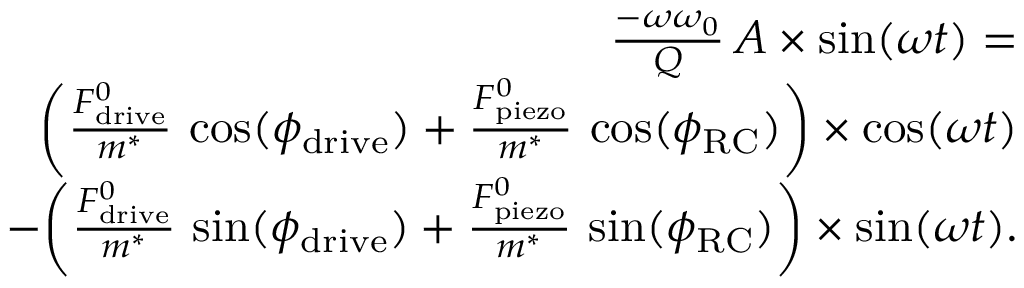
\begin{array} { r l r } & { } & { \frac { - \omega \omega _ { 0 } } { Q } \, A \times \sin ( \omega t ) = } \\ & { } & { \quad \bigg ( \frac { F _ { \mathrm { d r i v e } } ^ { 0 } } { m ^ { * } } \, \cos ( \phi _ { \mathrm { d r i v e } } ) + \frac { F _ { \mathrm { p i e z o } } ^ { 0 } } { m ^ { * } } \, \cos ( \phi _ { \mathrm { R C } } ) \bigg ) \times \cos ( \omega t ) } \\ & { } & { \quad - \bigg ( \frac { F _ { \mathrm { d r i v e } } ^ { 0 } } { m ^ { * } } \, \sin ( \phi _ { \mathrm { d r i v e } } ) + \frac { F _ { \mathrm { p i e z o } } ^ { 0 } } { m ^ { * } } \, \sin ( \phi _ { \mathrm { R C } } ) \bigg ) \times \sin ( \omega t ) . } \end{array}